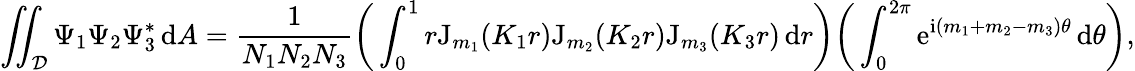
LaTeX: \iint_{\mathcal{D}}\Psi_{1}\Psi_{2}\Psi_{3}^{*}\, \mathrm{d}A=\frac{1}{N_{1}N_{2}N_{3}}\bigg(\int_{0}^{1}r\mathrm{J}_{m_{1}}(K_{1}r)\mathrm{J}_{m_{2}}(K_{2}r)\mathrm{J}_{m_{3}}(K_{3}r)\, \mathrm{d}r\bigg)\bigg(\int_{0}^{2\pi}\mathrm{e}^{\mathrm{i}(m_{1}+m_{2}-m_{3})\theta}\, \mathrm{d}\theta\bigg),